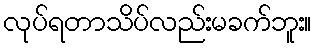
လုပ်ရတာသိပ်လည်းမခက်ဘူး။